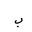
Letter: _ba